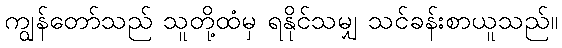
ကျွန်တော်သည် သူတို့ထံမှ ရနိုင်သမျှ သင်ခန်းစာယူသည်။